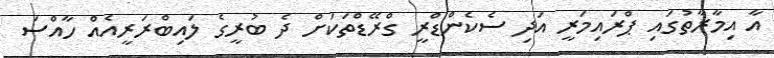
އާ އިމާރާތުގައި ޕްރައިމަރީ އަދި ސެކެންޑްރީ ގްރޭޑްތަކަށް ދެ ބުރީގެ ލައިބްރަރީއެއް ހާއްސަ